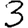
Digit: 3